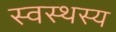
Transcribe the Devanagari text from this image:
स्वस्थस्य